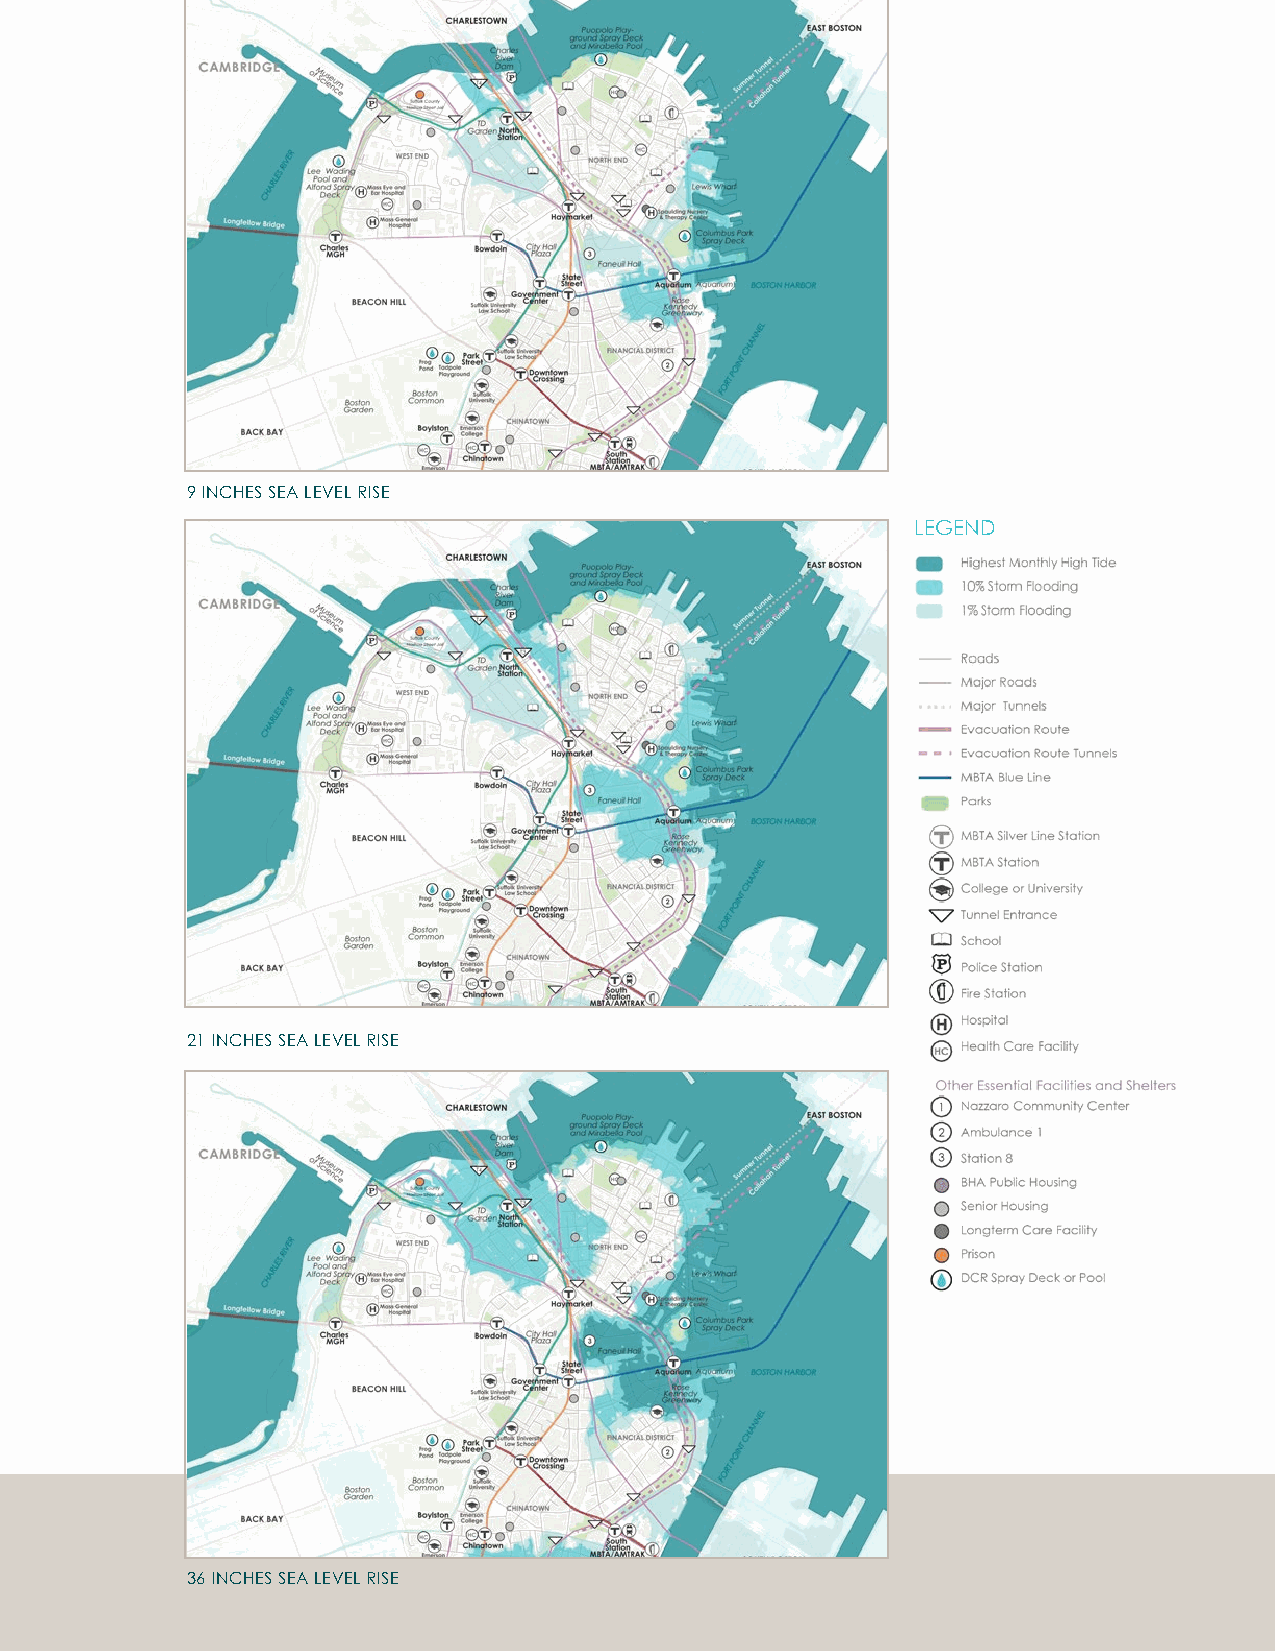
FLOOD PROGRESSION
 Downtown is exposed to climate change impacts
 DEFINITIONS including heat, increased precipitation and
 stormwater fl ooding, sea level rise, and coastal
 Near term: Beginning 2030s, assumes 9
 inches of sea level rise and riverine fl ooding. Exposure to heat and
 stormwater fl ooding are addressed in the Citywide
 Midterm: Beginning 2050s, assumes 21
 inches of sea level rise Vulnerability Assessment, while exposure and
 Long term: Beginning 2070s or later, consequences to coastal and riverine fl ood risk are
 assumes 36 inches of sea level rise 9 INCHES SEA LEVEL RISE
 further discussed in this section.
 LEGEND
 Exposure: Can refer to people, buildings,
 In the near term, low-lying
 infrastructure, and other resources within
 areas likely to experience hazard impacts.
 waterfront areas between the
 Does not consider conditions that may
 prevent or limit impacts.
 Sumner Tunnel, which carries
 Vulnerability: Refers to how and why
 traffi c across Boston Harbor
 people or assets can be affected by a
 hazard. Requires site-specific information.
 from Route 1A in East Boston;
 Consequence: Illustrates to what extent the Financial District; and areas
 people or assets can be expected to
 be affected by a hazard, as a result of near the Charles River Dam
 vulnerability and exposure. Consequences
 can often be communicated in terms of are most at risk. The lowest-
 economic losses.
 lying areas are near the New
 Annualized losses: The sum of the
 probability-weighted losses for all four England Aquarium and are
 flood frequencies analyzed for each sea
 level rise scenario. Probability-weighted exposed to high-probability
 losses are the losses for a single event times
 the probability of that event occurring in a storm events (10 percent annual 21 INCHES SEA LEVEL RISE
 given year.
 chance) in the near term.
 *For a full list of definitions, refer to the
 Glossary in the Appendix.
 36 INCHES SEA LEVEL RISE
 218 City of Boston: Climate Ready Boston                            Focus Areas 219